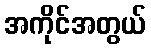
အကိုင်အတွယ်